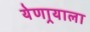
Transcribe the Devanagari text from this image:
येणार्‍याला